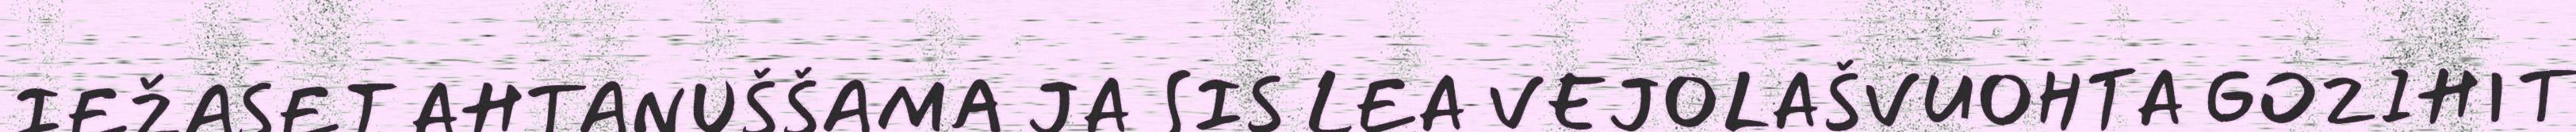
IEŽASET AHTANUŠŠAMA JA SIS LEA VEJOLAŠVUOHTA GOZIHIT